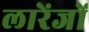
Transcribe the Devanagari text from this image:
लारेंजों